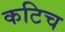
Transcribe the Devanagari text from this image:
कटिच